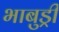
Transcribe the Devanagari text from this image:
भाबुड्री